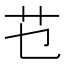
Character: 𰰟